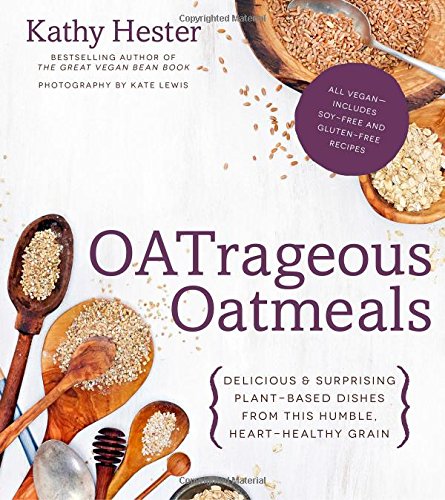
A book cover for OATrageous Oatmeals: Delicious & Surprising Plant-Based Dishes From This Humble, Heart-Healthy Grain; Kathy Hester; Cookbooks, Food & Wine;